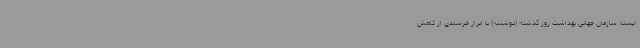
ایسنا، سازمان جهانی بهداشت روز گذشته (دوشنبه) با ابراز خرسندی از کاهش